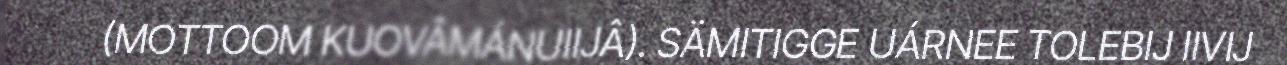
(MOTTOOM KUOVÂMÁNUIIJÂ). SÄMITIGGE UÁRNEE TOLEBIJ IIVIJ